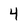
Character: 4